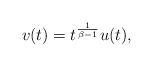
LaTeX: \begin{align*}v(t) = t^{\frac{1}{\beta -1}}u(t),\end{align*}